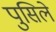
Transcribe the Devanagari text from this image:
पुसिले